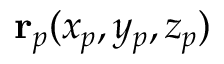
{ \bf r } _ { p } ( x _ { p } , y _ { p } , z _ { p } )